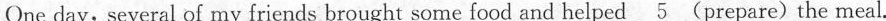
One day, several of my friends brought some food and helped \underline{5 } (prepare)the meal.